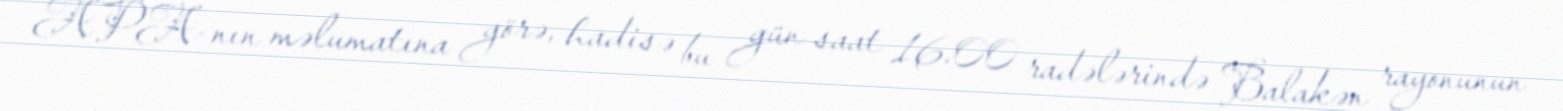
APA-nın məlumatına görə, hadisə bu gün saat 16.00 radələrində Balakən rayonunun